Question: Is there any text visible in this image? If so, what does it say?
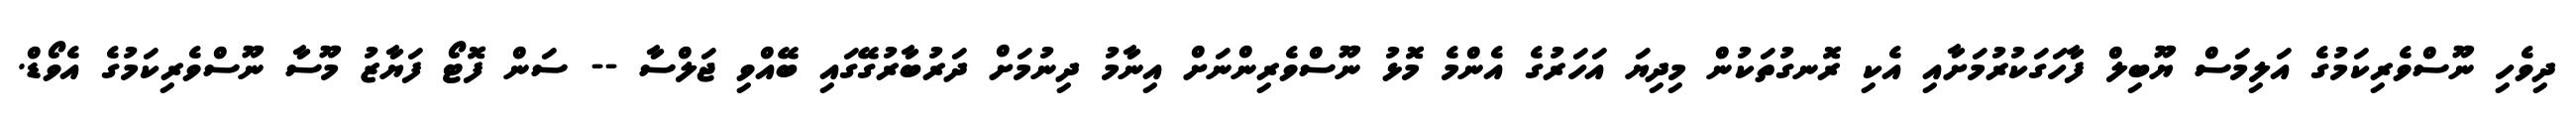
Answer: ދިވެހި ނޫސްވެރިކަމުގެ އަލިމަސް ޔޫބިލް ފާހަގަކުރުމަށާއި އެކި ރޮނގުތަކުން މިދިޔަ އަހަރުގެ އެންމެ މޮޅު ނޫސްވެރިންނަށް އިނާމު ދިނުމަށް ދަރުބާރުގޭގައި ބޭއްވި ޖަލްސާ -- ސަން ފޮޓޯ ފަޔާޒު މޫސާ ނޫސްވެރިކަމުގެ އެވޯޑް.